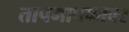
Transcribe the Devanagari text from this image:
तापमापकावर